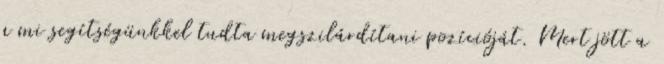
a mi segítségünkkel tudta megszilárdítani pozícióját. Mert jött a